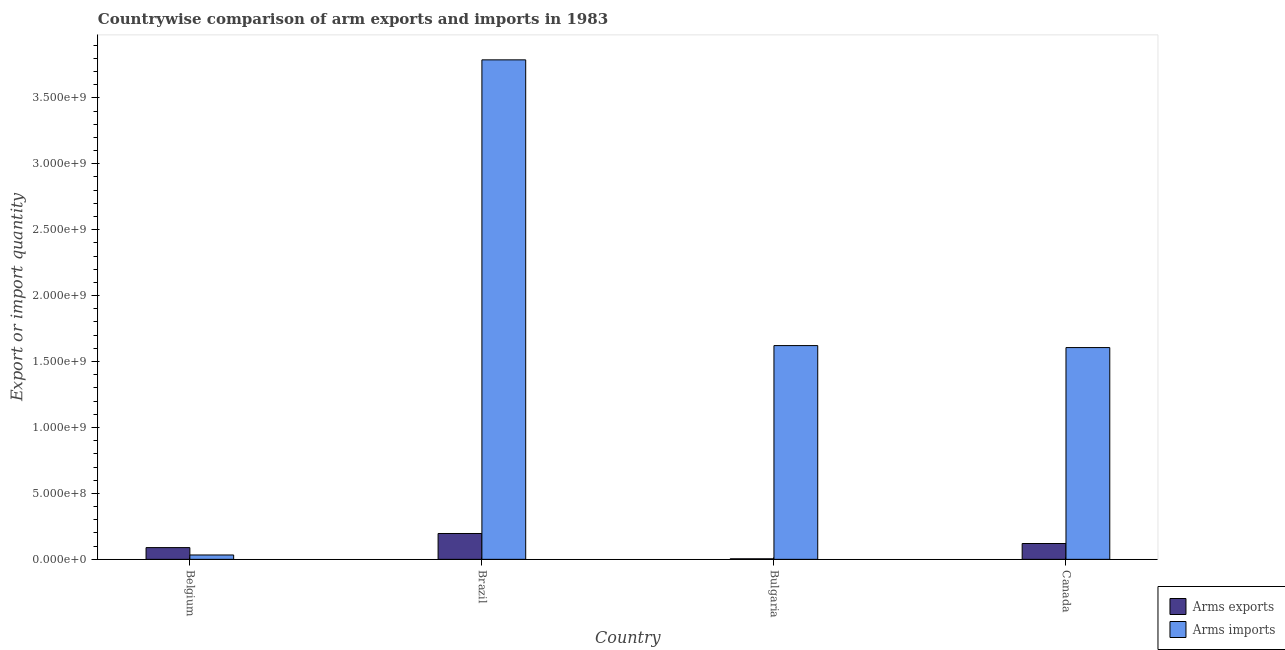
| Country | Arms exports | Arms imports |
 | --- | --- | --- |
 | Belgium | 8.9e+07 | 3.3e+07 |
 | Brazil | 1.96e+08 | 3.79e+09 |
 | Bulgaria | 4e+06 | 1.62e+09 |
 | Canada | 1.2e+08 | 1.61e+09 |